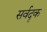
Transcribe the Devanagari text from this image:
सर्वदृक